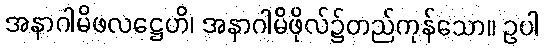
အနာဂါမိဖလဋ္ဌေဟိ၊ အနာဂါမိဖိုလ်၌တည်ကုန်သော။ ဥပါ